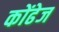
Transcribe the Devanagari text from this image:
कोंढेज